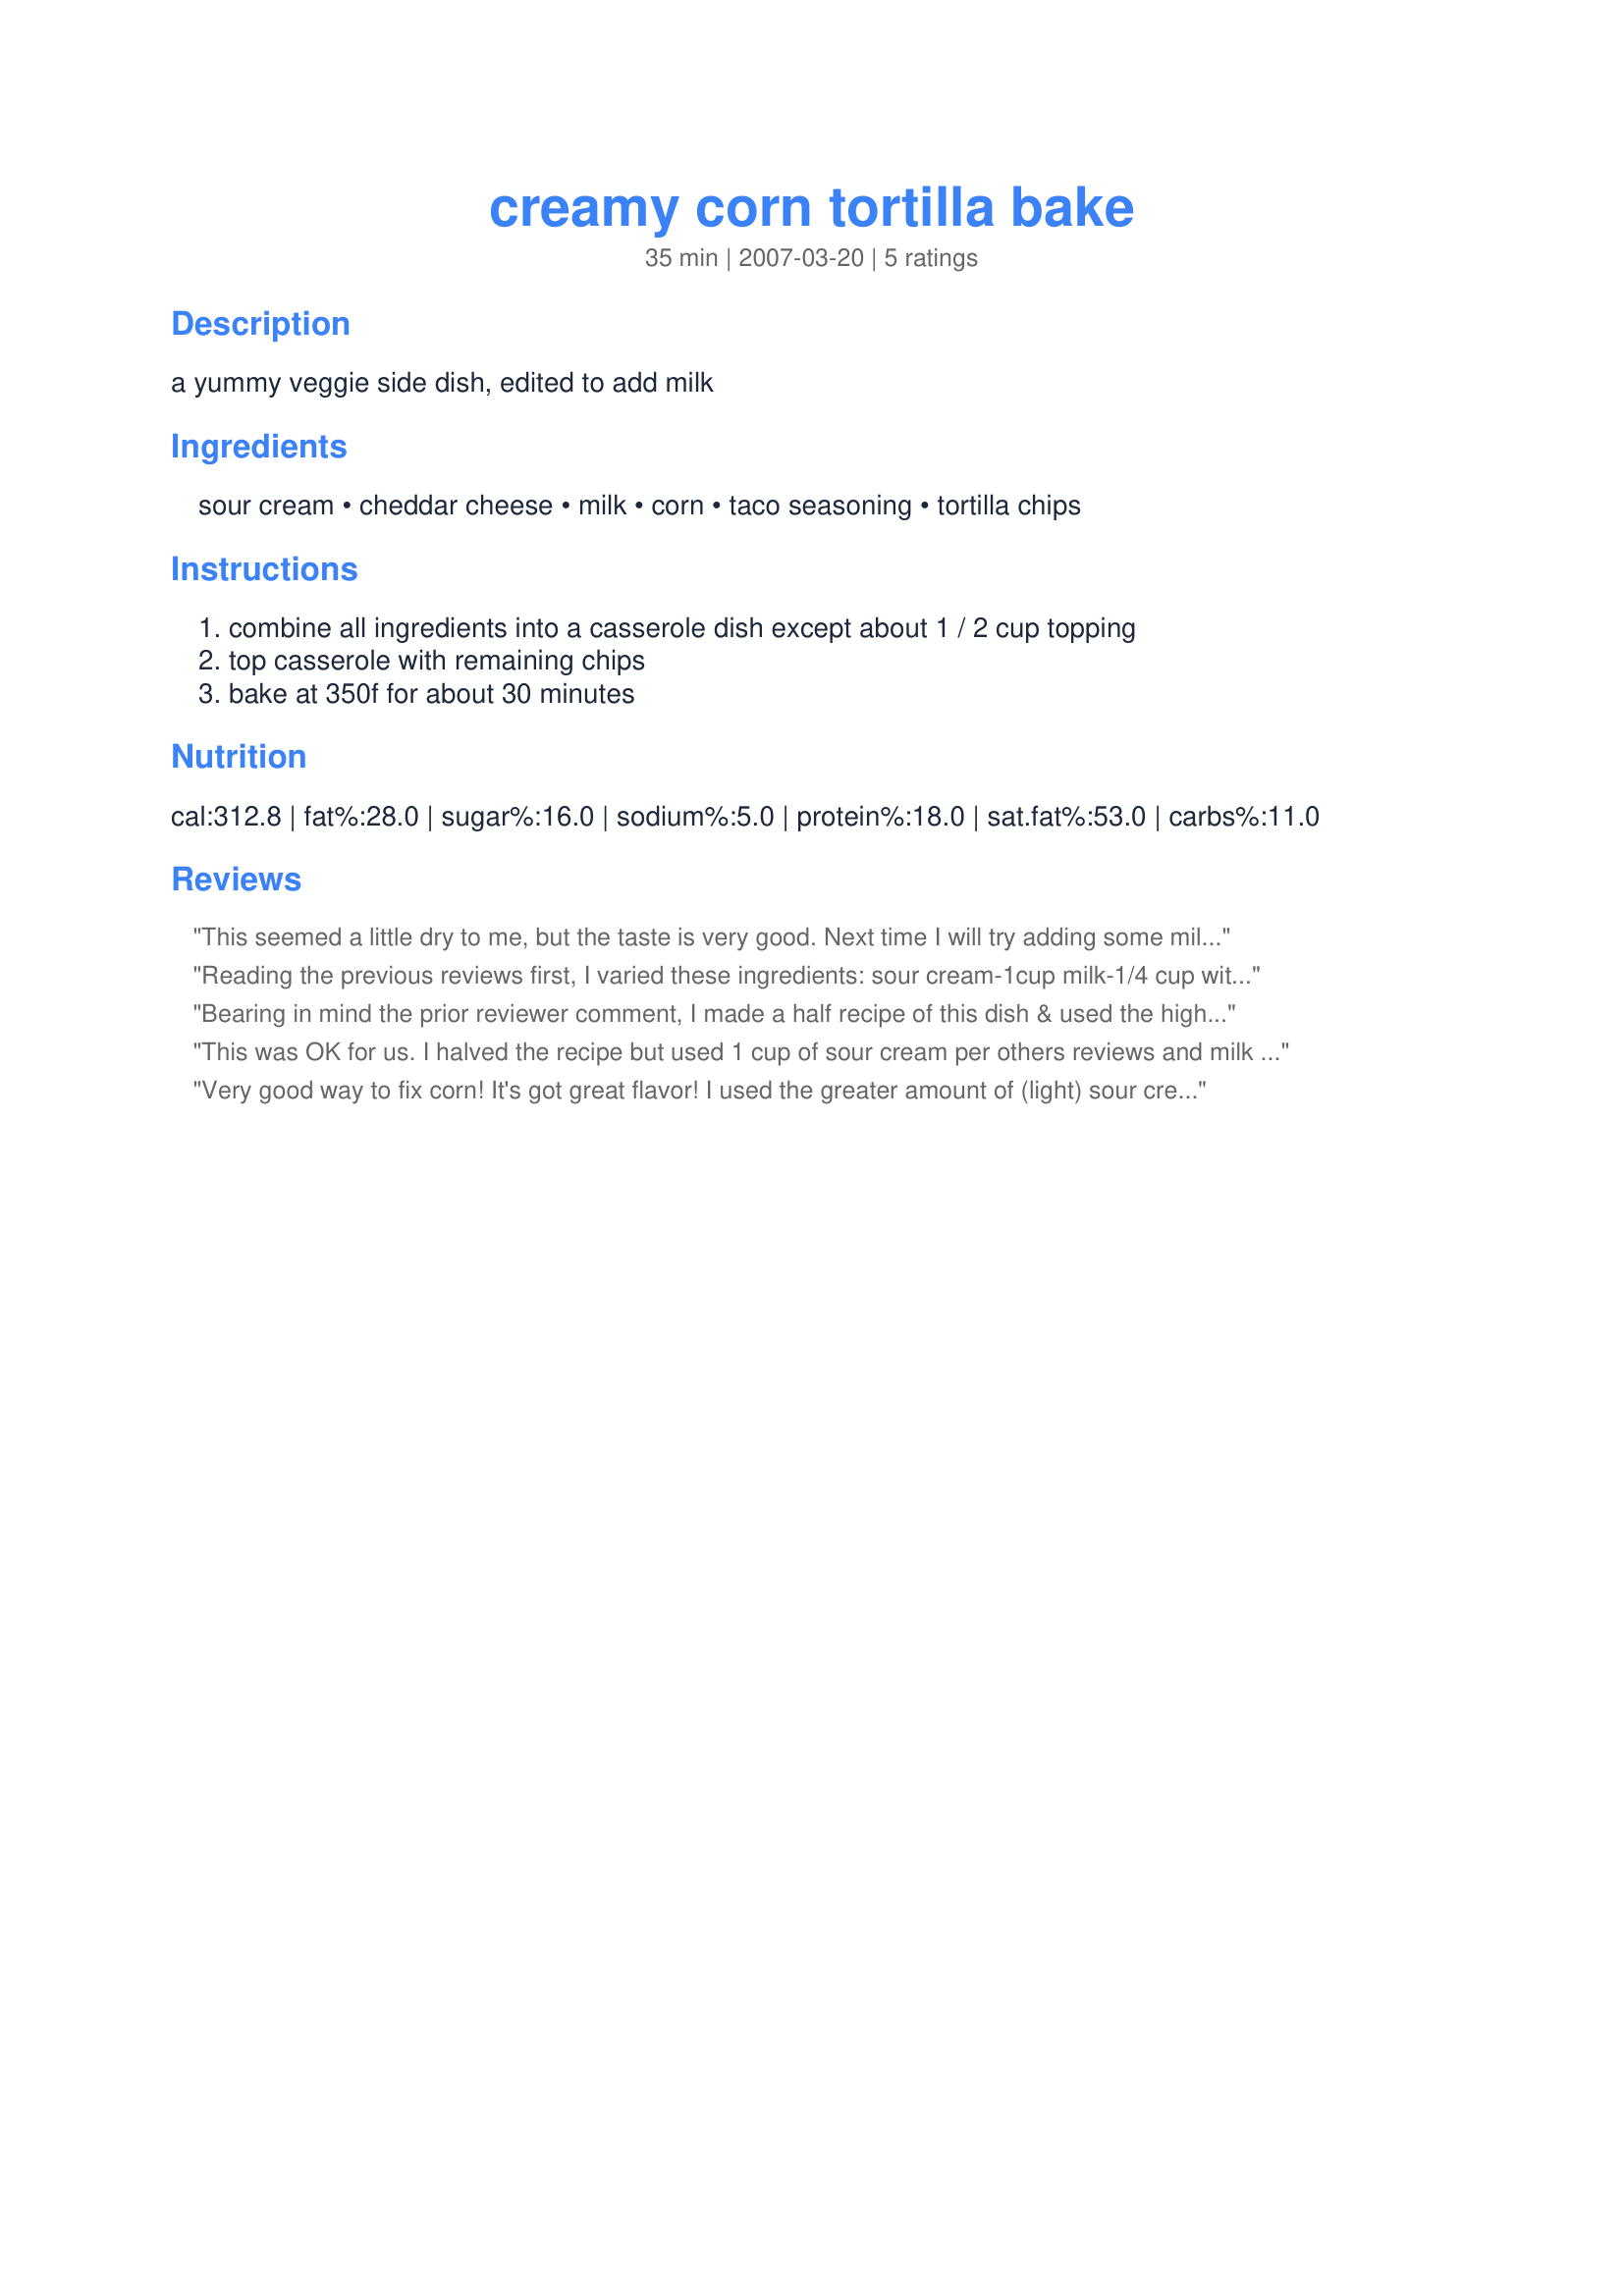
creamy corn tortilla bake
Preparation time: 35 minutes

a yummy veggie side dish, edited to add milk

Ingredients:
sour cream, cheddar cheese, milk, corn, taco seasoning, tortilla chips

Steps:
combine all ingredients into a casserole dish except about 1 / 2 cup topping, top casserole with remaining chips, bake at 350f for about 30 minutes

Reviews:
This seemed a little dry to me, but the taste is very good. Next time I will try adding some milk to the sour cream to make it a bit more creamy!
Reading the previous reviews first, I varied these ingredients: 
sour cream-1cup
milk-1/4 cup with 2 Tbsp butter
corn-2 cups + 1 cup Creamed corn
This worked out wonderfully. Not dry, and very flavorful. 
Although we just made it today, we are quite sure it is an 'eat now' dish that the chips will get limp over time. Also, this recipe is way more than 4 servings
Thanks Anme!
-Buddha-
Bearing in mind the prior reviewer comment, I made a half recipe of this dish & used the high side of the sour cream amt (1 cup). I used nacho-cheese flavored tortilla chips for the mix & the topping. It was such a snap to fix & the texture & taste were right on target for us! DH started his Easter holiday today & I wanted to spoil him w/a spec brunch, so I served this w/a scrambled egg & bacon burrito + some fruit. Yum! Thx for sharing this recipe w/us. - Edited to Add: IMO this recipe makes way more than 4 servings & is best eaten the 1st day as the tortillas tend to lose their crunch if leftover. :-)
This was OK for us. I halved the recipe but used 1 cup of sour cream per others reviews and milk but we still thought it was dry. Maybe if you would cook it on the stovetop- maybe it wouldn't dry out as much? It had a good taste but no one ate more then a few bites of it.
Very good way to fix corn! It's got great flavor! I used the greater amount of (light) sour cream listed and 4 cups of corn. I did add a bit of milk to moisten it a bit, but it was still a bit dry. I think 1 - 2 tbsp of butter would really help to keep it moist during baking. I added a few chopped scallions for some extra color and flavor. I sprinkled the dark green parts on top; very pretty! I'll make this again, with my little adjustments. Thanx!
